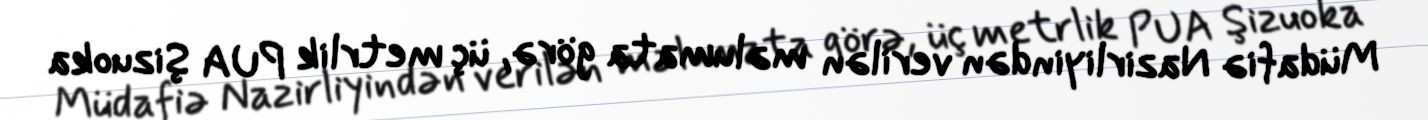
Müdafiə Nazirliyindən verilən məlumata görə, üç metrlik PUA Şizuoka